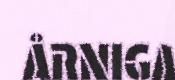
ÅRNIGA